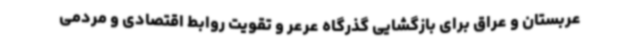
عربستان و عراق برای بازگشایی گذرگاه عرعر و تقویت روابط اقتصادی و مردمی